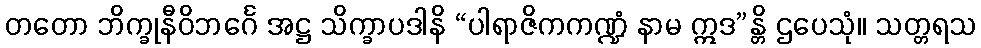
တတော ဘိက္ခုနီဝိဘင်္ဂေ အဋ္ဌ သိက္ခာပဒါနိ “ပါရာဇိကကဏ္ဍံ နာမ ဣဒ”န္တိ ဌပေသုံ။ သတ္တရသ